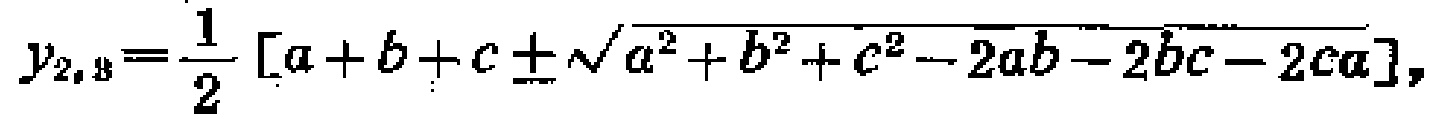
$y_{2,3}=\frac{1}{2}\left[a + b + c\pm\sqrt{a^{2}+b^{2}+c^{2}-2ab - 2bc - 2ca}\right],$